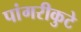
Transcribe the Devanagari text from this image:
पांगरीकुटे